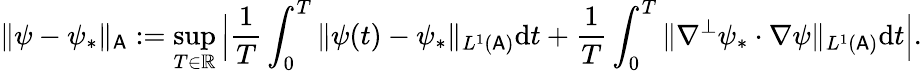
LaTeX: \| \psi-\psi_{*}\| _{\mathsf{A}}:=\operatorname*{sup}_{T\in\mathbb{R}}\Big|\frac{1}{T}\int_{0}^{T}\| \psi(t)-\psi_{*}\| _{L^{1}(\mathsf{A})}\mathrm{d}t+\frac{1}{T}\int_{0}^{T}\| \nabla^{\perp}\psi_{*}\cdot\nabla\psi\| _{L^{1}(\mathsf{A})}\mathrm{d}t\Big|.